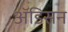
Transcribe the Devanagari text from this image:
ॲडिसन